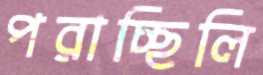
পরাচ্ছিলি